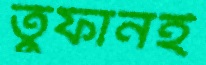
তুফানই